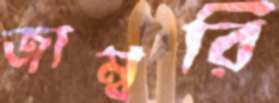
জাম্বরি